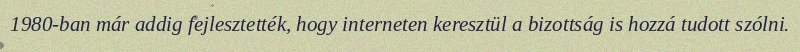
1980-ban már addig fejlesztették, hogy interneten keresztül a bizottság is hozzá tudott szólni.